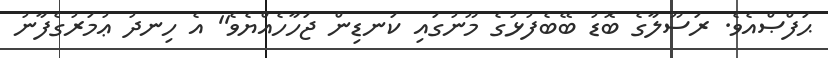
ޙަފްޞްއެވެ. ރަސޫލާގެ ބޮޑު ބޭބެފުޅުގެ މޫނުގައި ކަނޑިން ޖަހާހެއްޔެވެ'' އެ ހިނދު ޢުމަރުގެފާނު